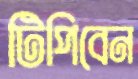
টিপিবেন